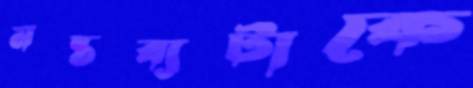
মন্তব্যটাকে